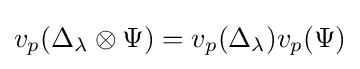
v_{p}(\Delta _{\lambda }\otimes \Psi )=v_{p}(\Delta _{\lambda })v_{p}(\Psi )